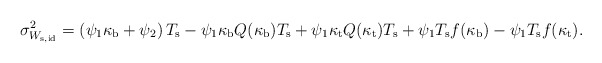
\begin{align*}\sigma_{W_{\rm s, id}}^2=\left(\psi_{1}\kappa_{\rm b}+\psi_{2}\right)T_{\rm s}-\psi_{1}\kappa_{\rm b}Q(\kappa_{\rm b})T_{\rm s}+\psi_{1}\kappa_{\rm t}Q(\kappa_{\rm t})T_{\rm s}+\psi_{1}T_{\rm s}f(\kappa_{\rm b})-\psi_{1}T_{\rm s}f(\kappa_{\rm t}). \end{align*}